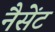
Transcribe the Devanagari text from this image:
नैसेंट